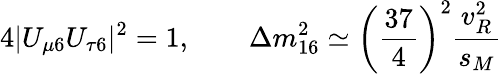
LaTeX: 4|U_{\mu 6}U_{\tau 6}|^{2}=1,\qquad\Delta m_{16}^{2}\simeq\left(\frac{37}{4}\right)^{2}\frac{v_{R}^{2}}{s_{M}}